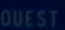
OUEST